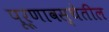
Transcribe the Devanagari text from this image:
पूर्णावस्थेतील